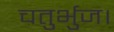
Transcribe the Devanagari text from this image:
चतुर्भुज।